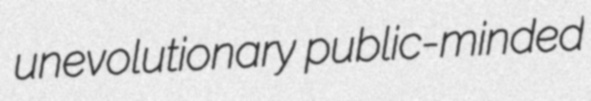
unevolutionary public-minded